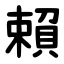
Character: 賴